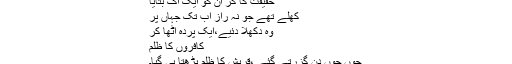
حقیقت کا گُر ان کو ایک اک بتایا
کھلے تھے جو نہ راز اب تک جہاں پر
وہ دکھلا دئیے،ایک پردہ اُٹھا کر
کافروں کا ظلم
جوں جوں دن گزرتے گئے ،قریش کا ظلم بڑھتا ہی گیا۔